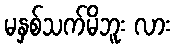
မနှစ်သက်မိဘူး လား